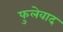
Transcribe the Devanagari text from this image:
फुलेवाद